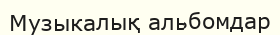
Музыкалық альбомдар